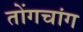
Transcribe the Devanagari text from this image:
तोंगचांग